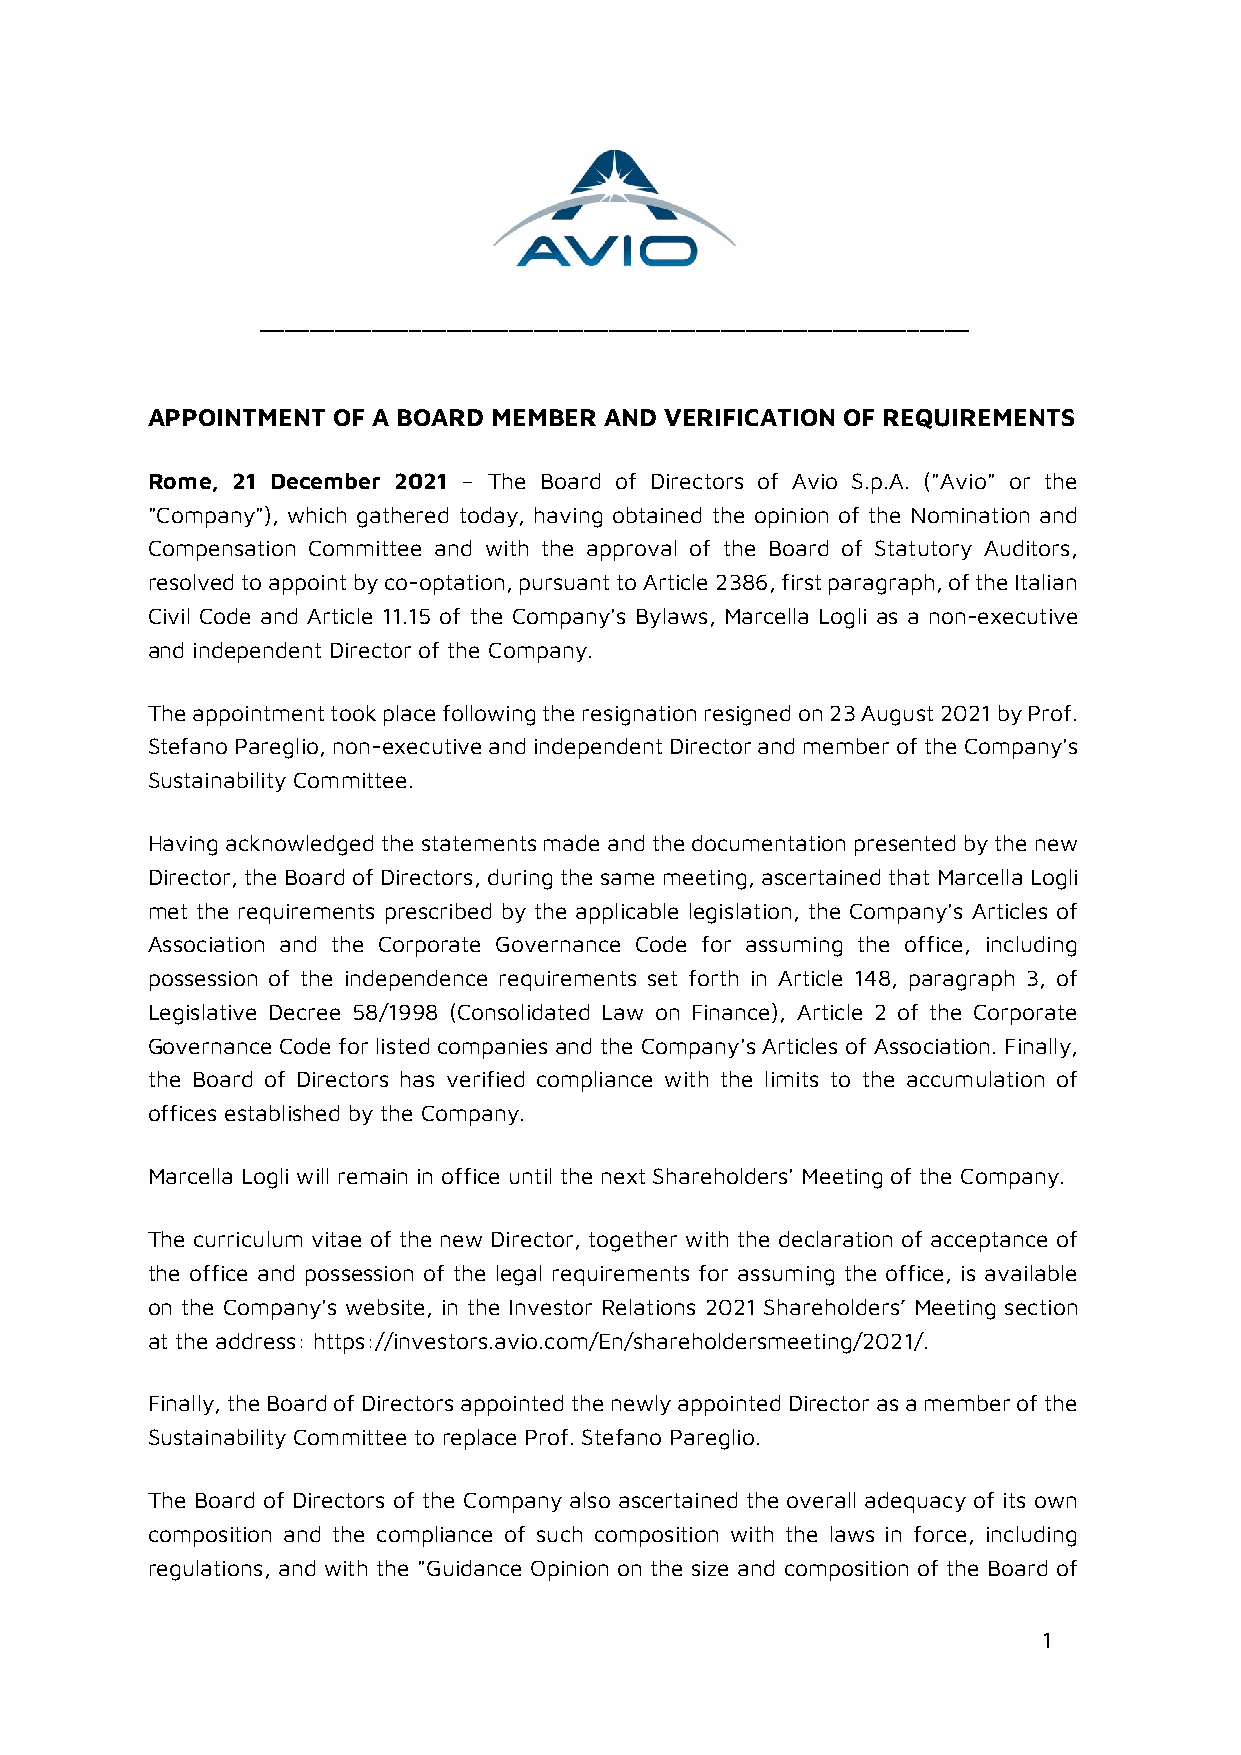
_________________________________________________________
 APPOINTMENT OF A BOARD MEMBER AND VERIFICATION OF REQUIREMENTS
 Rome, 21 December 2021 – The Board of Directors of Avio S.p.A. ("Avio" or the
 "Company"), which gathered today, having obtained the opinion of the Nomination and
 Compensation Committee and with the approval of the Board of Statutory Auditors,
 resolved to appoint by co-optation, pursuant to Article 2386, first paragraph, of the Italian
 Civil Code and Article 11.15 of the Company's Bylaws, Marcella Logli as a non-executive
 and independent Director of the Company.
 The appointment took place following the resignation resigned on 23 August 2021 by Prof.
 Stefano Pareglio, non-executive and independent Director and member of the Company's
 Sustainability Committee.
 Having acknowledged the statements made and the documentation presented by the new
 Director, the Board of Directors, during the same meeting, ascertained that Marcella Logli
 met the requirements prescribed by the applicable legislation, the Company's Articles of
 Association and the Corporate Governance Code for assuming the office, including
 possession of the independence requirements set forth in Article 148, paragraph 3, of
 Legislative Decree 58/1998 (Consolidated Law on Finance), Article 2 of the Corporate
 Governance Code for listed companies and the Company's Articles of Association. Finally,
 the Board of Directors has verified compliance with the limits to the accumulation of
 offices established by the Company.
 Marcella Logli will remain in office until the next Shareholders' Meeting of the Company.
 The curriculum vitae of the new Director, together with the declaration of acceptance of
 the office and possession of the legal requirements for assuming the office, is available
 on the Company's website, in the Investor Relations 2021 Shareholders’ Meeting section
 at the address: https://investors.avio.com/En/shareholdersmeeting/2021/.
 Finally, the Board of Directors appointed the newly appointed Director as a member of the
 Sustainability Committee to replace Prof. Stefano Pareglio.
 The Board of Directors of the Company also ascertained the overall adequacy of its own
 composition and the compliance of such composition with the laws in force, including
 regulations, and with the "Guidance Opinion on the size and composition of the Board of
 1